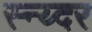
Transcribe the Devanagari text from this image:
स्न्य्दर